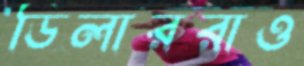
ডিলাররাও